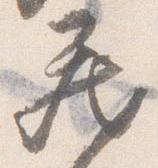
蔵